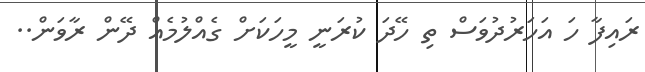
ރައިފާ ހަ އަހަރުދުވަސް ތި ހޭދަ ކުރަނީ މީހަކަށް ގެއްލުމެއް ދޭން ރާވަން..